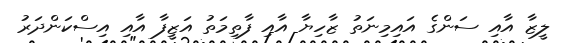
ލީޒާ އާއި ސަންގެ އައިމިނަތު ޒާހިޔާ އާއި ފާތިމަތު އަޒީފާ އާއި އިސްކަންދަރު